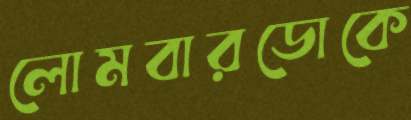
লোমবারডোকে